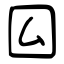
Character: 囜